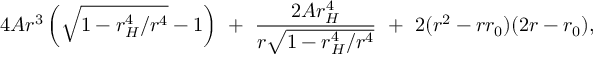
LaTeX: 4 A r ^ { 3 } \left( \sqrt { 1 - r _ { H } ^ { 4 } / r ^ { 4 } } - 1 \right) \ + \ \frac { 2 A r _ { H } ^ { 4 } } { r \sqrt { 1 - r _ { H } ^ { 4 } / r ^ { 4 } } } \ + \ 2 ( r ^ { 2 } - r r _ { 0 } ) ( 2 r - r _ { 0 } ) ,